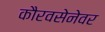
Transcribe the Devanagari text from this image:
कौरवसेनेवर